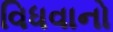
વિધવાનો